Indian journal of veterinary science and animal husbandry - Volume 8,
Year: 1938
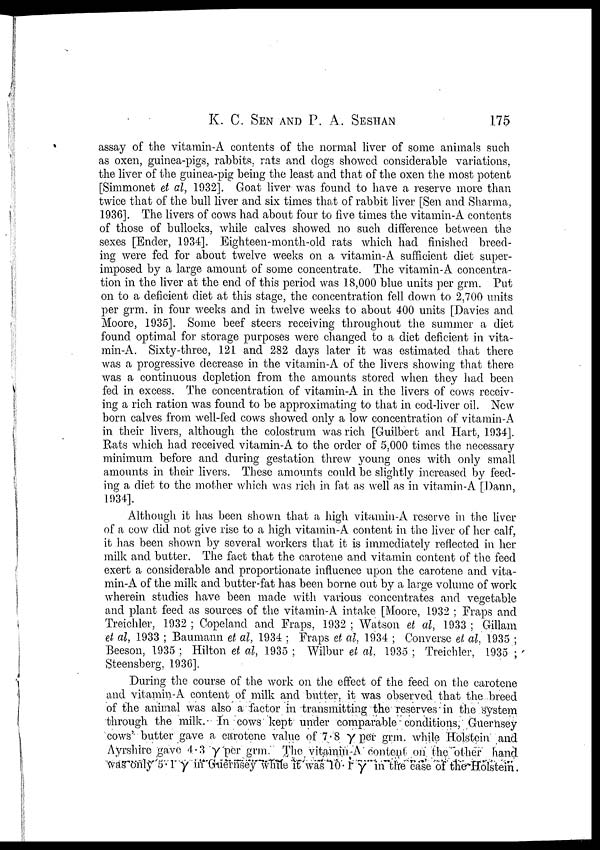
K. C. SEN AND P. A.
SESHAN
175
assay of the vitamin-A contents of the normal liver of some animals such
as oxen, guinea-pigs, rabbits rats and dogs showed considerable variations,
the liver of the guinea-pig being the least and that of the oxen the most potent
[Simmonet et al, 1932]. Goat liver was found to have a reserve more than
twice that of the bull liver and six times that of rabbit liver [Sen and Sharma,
1936]. The livers of cows had about four to five times the vitamin-A contents
of those of bullocks, while calves showed no such difference between the
sexes [Ender, 1934]. Eighteen-month-old rats which had finished breed
ing were fed for about twelve weeks on a vitamin-A sufficient diet super
imposed by a large amount of some concentrate. The vitamin-A concentra
tion in the liver at the end of this period was 18,000 blue units per grm. Put
on to a deficient diet at this stage, the concentration fell down to 2,700 units
per grm. in four weeks and in twelve weeks to about 400 units [Davies and
Moore, 1935]. Some beef steers receiving throughout the summer a diet
found optimal for storage purposes were changed to a diet deficient in vita
min-A. Sixty-three, 121 and 282 days later it was estimated that there
was a progressive decrease in the vitamin-A of the livers showing that there
was a continuous depletion from the amounts stored when they had been
fed in excess. The concentration of vitamin-A in the livers of cows receiv
ing a rich ration was found to be approximating to that in cod-liver oil. New
born calves from well-fed cows showed only a low concentration of vitamin-A
in their livers, although the colostrum was rich [Guilbert and Hart, 1934].
Rats which had received vitamin-A to the order of 5,000 times the necessary
minimum before and during gestation threw young ones with only small
amounts in their livers. These amounts could be slightly increased by feed
ing a diet to the mother which was rich in fat as well as in vitamin-A [Dann,
1934].
Although it has been shown that a high vitamin-A reserve in the liver
of a cow did not give rise to a high vitamin-A content in the liver of her calf,
it has been shown by several workers that it is immediately reflected in her
milk and butter. The fact that the carotene and vitamin content of the feed
exert a considerable and proportionate influence upon the carotene and vita
min-A of the milk and butter-fat has been borne out by a large volume of work
wherein studies have been made with various concentrates and vegetable
and plant feed as sources of the vitamin-A intake [Moore, 1932 ; Fraps and
Treichler, 1932 ; Copeland and Fraps, 1932 ; Watson et al, 1933 ; Gillam
et al, 1933 ; Baumann et al, 1934 ; Fraps et al, 1934 ; Converse et al, 1935 ;
Beeson, 1935 ; Hilton et al, 1935 ; Wilbur et al, 1935 ; Treichler, 1935 ;
Steensberg, 1936].
During the course of the work on the effect of the feed on the carotene
and vitamin-A content of milk and butter, it was observed that the breed
of the animal was also a factor in transmitting the reserves in the system
through the milk. In cows kept under comparable conditions, Guernsey
cows' butter gave a carotene value of 7.8 γ per grm. while Holstein and
Ayrshire gave 4.3 γ per grm The vitamin-A. content on the other hand
was only 5.1 γ in Guernsey while it was 10.1 γ in the case of the Holstein.